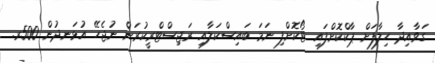
ގަވާއިދާ ހިލާފަށް ޕާކްކޮށްފައި ޓޯކޮށްފި ނަމަ ބައިސްކަލާއި ރަޖިސްޓްރީކުރަން ނުޖެހޭ އުޅަނދުން 500ރ.